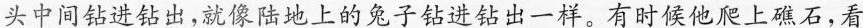
头中间钻进钻出，就像陆地上的兔子钻进钻出一样。有时候他爬上礁石，看